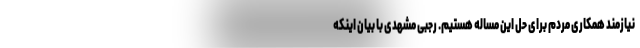
نیازمند همکاری مردم برای حل این مساله هستیم. رجبی مشهدی با بیان اینکه